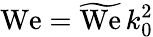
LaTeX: {\mathrm{We}}=\widetilde{\mathrm{We}}\, k_{0}^{2}